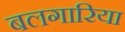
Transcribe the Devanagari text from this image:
बलगारिया